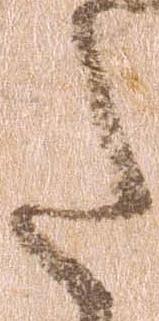
た